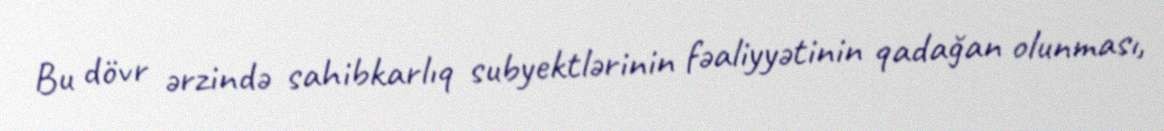
Bu dövr ərzində sahibkarlıq subyektlərinin fəaliyyətinin qadağan olunması,